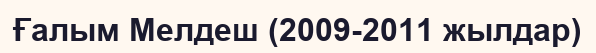
Ғалым Мелдеш (2009-2011 жылдар)